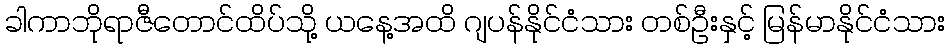
ခါကာဘိုရာဇီတောင်ထိပ်သို့ ယနေ့အထိ ဂျပန်နိုင်ငံသား တစ်ဦးနှင့် မြန်မာနိုင်ငံသား